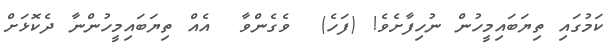
ކަމުގައި ތިޔަބައިމީހުން ނުހިފާށެވެ! (ފަހެ)  ވެގެންވާ  އެއް ތިޔަބައިމީހުންނާ ދެކޮޅަށް